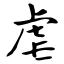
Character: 虐